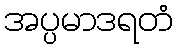
အပ္ပမာဒရတံ